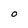
Character: O